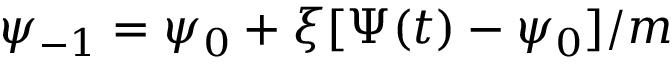
\psi _ { - 1 } = \psi _ { 0 } + \xi [ \Psi ( t ) - \psi _ { 0 } ] / m